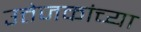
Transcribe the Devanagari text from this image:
उत्तेजकांच्या